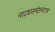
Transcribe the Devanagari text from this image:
नाट्यसंमेलनातच